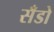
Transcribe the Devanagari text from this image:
सँडो